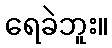
ရေခဲဘူး။